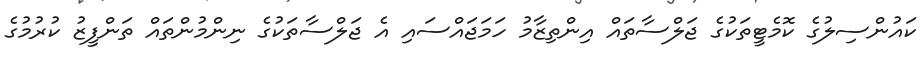
ކައުންސިލުގެ ކޮމެޓީތަކުގެ ޖަލްސާތައް އިންތިޒާމު ހަމަޖައްސައި އެ ޖަލްސާތަކުގެ ނިންމުންތައް ތަންފީޒު ކުރުމުގެ